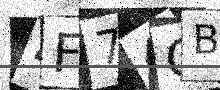
Text: 4F74CB